Rangoon Lunatic Asylum 1878-1892 - 1878-1892
Year: 1878
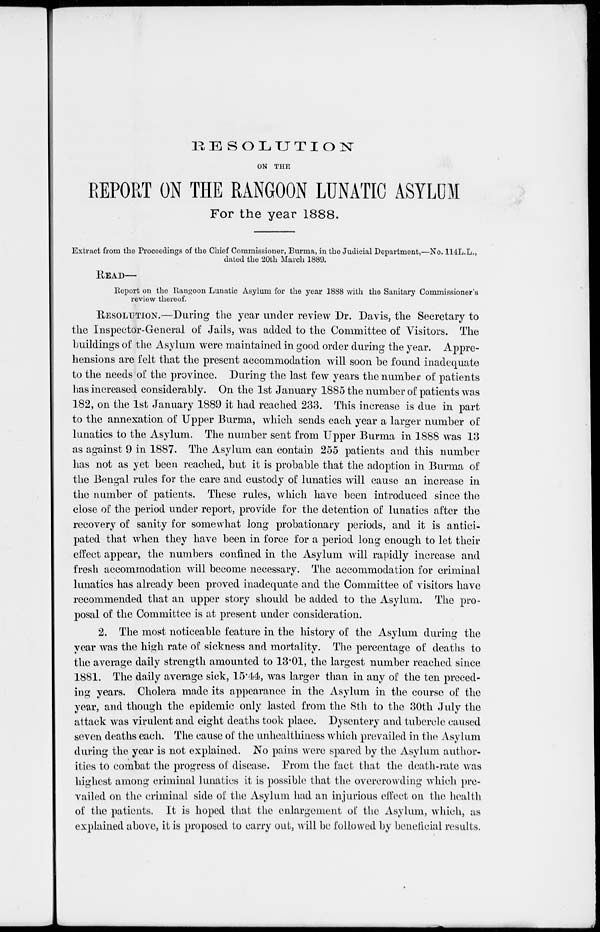
RESOLUTION
ON THE
REPORT ON THE RANGOON LUNATIC ASYLUM
For the year 1888.
Extract from the Proceedings of the Chief Commissioner, Burma, in the Judicial Department,—No. 114L.L.,
dated the 20th March 1889.
READ—
Report on the Rangoon Lunatic Asylum for the year 1888 with the Sanitary Commissioner's
review thereof.
RESOLUTION.—During the year under review Dr. Davis, the Secretary to
the Inspector-General of Jails, was added to the Committee of Visitors. The
buildings of the Asylum were maintained in good order during the year. Appre-
hensions are felt that the present accommodation will soon be found inadequate
to the needs of the province. During the last few years the number of patients
has increased considerably. On the 1st January 1885 the number of patients was
182, on the 1st January 1889 it had reached 233. This increase is due in part
to the annexation of Upper Burma, which sends each year a larger number of
lunatics to the Asylum. The number sent from Upper Burma in 1888 was 13
as against 9 in 1887. The Asylum can contain 255 patients and this number
has not as yet been reached, but it is probable that the adoption in Burma of
the Bengal rules for the care and custody of lunatics will cause an increase in
the number of patients. These rules, which have been introduced since the
close of the period under report, provide for the detention of lunatics after the
recovery of sanity for somewhat long probationary periods, and it is antici-
pated that when they have been in force for a period long enough to let their
effect appear, the numbers confined in the Asylum will rapidly increase and
fresh accommodation will become necessary. The accommodation for criminal
lunatics has already been proved inadequate and the Committee of visitors have
recommended that an upper story should be added to the Asylum. The pro-
posal of the Committee is at present under consideration.
2. The most noticeable feature in the history of the Asylum during the
year was the high rate of sickness and mortality. The percentage of deaths to
the average daily strength amounted to 13.01, the largest number reached since
1881.
The daily average sick, 15.44, was larger than in any of the ten preced-
ing years. Cholera made its appearance in the Asylum in the course of the
year, and though the epidemic only lasted from the 8th to the 30th July the
attack was virulent and eight deaths took place. Dysentery and tubercle caused
seven deaths each. The cause of the unhealthiness which prevailed in the Asylum
during the year is not explained. No pains were spared by the Asylum author-
ities to combat the progress of disease. From the fact that the death-rate was
highest among criminal lunatics it is possible that the overcrowding which pre-
vailed on the criminal side of the Asylum had an injurious effect on the health
of the patients. It is hoped that the enlargement of the Asylum, which, as
explained above, it is proposed to carry out, will be followed by beneficial results.